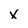
Character: x